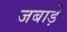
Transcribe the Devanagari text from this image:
जबाड़े